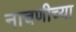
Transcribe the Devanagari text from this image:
नाचणीच्या